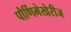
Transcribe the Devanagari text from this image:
पौर्णिमेखेरीज